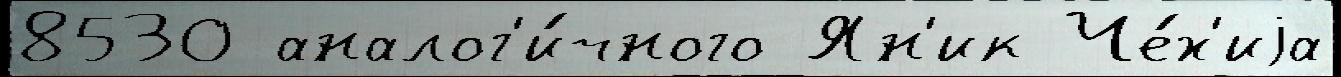
8530 аналог'и́чного Ян'ик Че́х'иjа